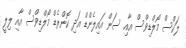
ލަކްސް މޯލްޑިވްސް އާއި ސަން އައިލެންޑް އަދި ކޮންރެޑް މޯލްޑިވްސް އާއި ލިލީ